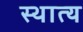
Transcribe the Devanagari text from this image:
स्थात्य